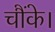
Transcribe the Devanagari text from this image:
चौंके।